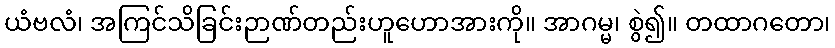
ယံဗလံ၊ အကြင်သိခြင်းဉာဏ်တည်းဟူဟောအားကို။ အာဂမ္မ၊ စွဲ၍။ တထာဂတော၊